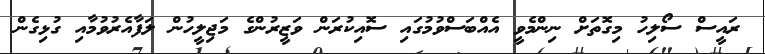
ރައީސް ސޯލިހު މިގޮތަށް ނިންމެވީ އެއްބަސްވުމުގައި ސޮއިކުރަން ވަޒީރުންގެ މަޖިލީހުން ލަފާއެރުވުމާއި ގުޅިގެން